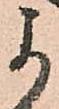
よ